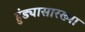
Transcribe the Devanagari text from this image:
हुंड्यासारख्या